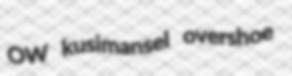
OW kusimansel overshoe